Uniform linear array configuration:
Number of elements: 64
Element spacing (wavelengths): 0.5
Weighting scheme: kaiser
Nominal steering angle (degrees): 15
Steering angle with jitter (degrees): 15.62
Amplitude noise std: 0.05
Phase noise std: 0.05

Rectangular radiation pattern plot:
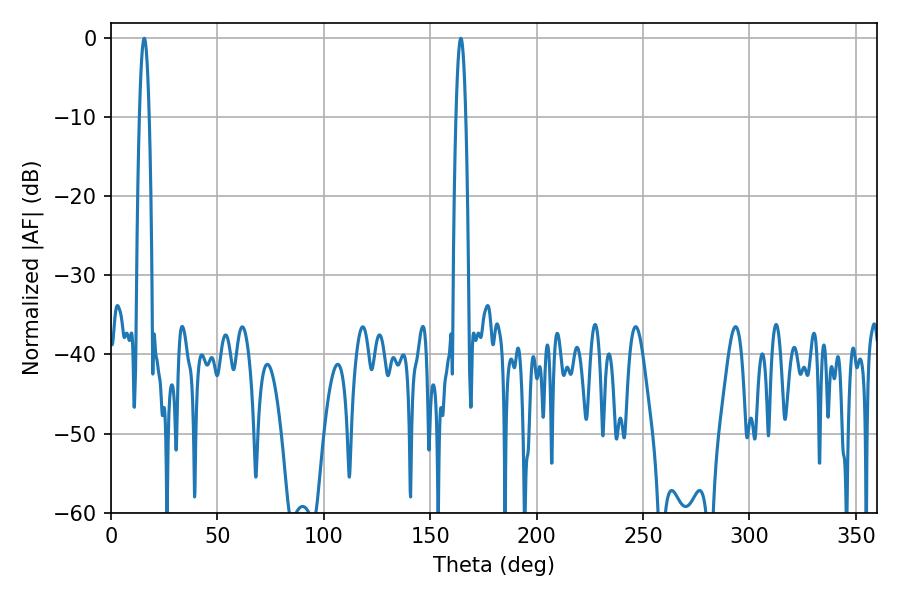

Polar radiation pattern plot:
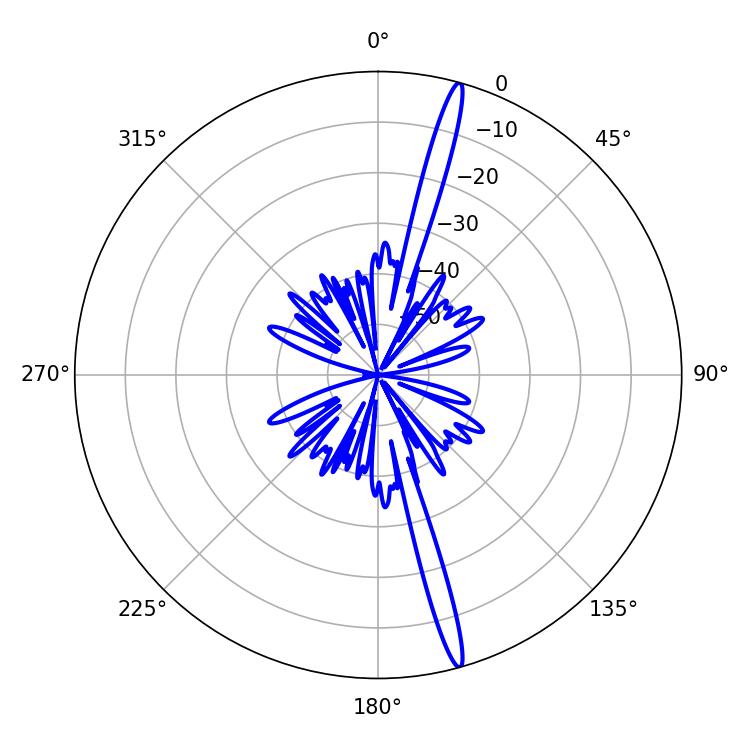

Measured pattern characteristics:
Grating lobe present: FALSE
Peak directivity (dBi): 18.867
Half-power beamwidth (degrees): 2.52
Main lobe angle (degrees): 15.66